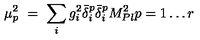
\mu _ { p } ^ { 2 } \ = \ \sum _ { i } g _ { i } ^ { 2 } \bar { \delta } _ { i } ^ { p } \bar { \delta } _ { i } ^ { p } M _ { P l } ^ { 2 } p = 1 \ldots r